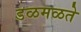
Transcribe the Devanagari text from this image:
डळमळते